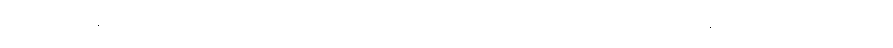
အခြေအနေပျက်ပြီး မွဲသွားမှာ ကြောက်တဲ့စိတ်က အောင်မြင်ချင်သူတွေအတွက် ချိနဲ့စေတဲ့ ဗိုင်းရပ်စ်ပါပဲ။